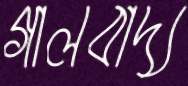
গালবাদ্য